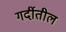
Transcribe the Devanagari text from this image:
गर्दीतील